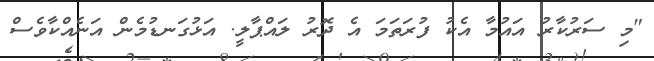
"މި ސަރުކާރު އައުމާ އެކު ފުރަތަމަ އެ ދޮރު ލައްޕާލީ. އަޅުގަނޑުމެން އަނެއްކާވެސް